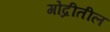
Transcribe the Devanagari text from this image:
गोद्रीतील